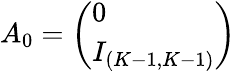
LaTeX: A_{0}=\left(\begin{array}{l}{0}\\ {I_{(K-1,K-1)}}\end{array}\right)